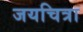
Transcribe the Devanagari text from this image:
जयचित्रा